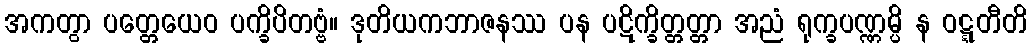
အကတွာ ပတ္တေယေဝ ပက္ခိပိတဗ္ဗံ။ ဒုတိယကဘာဇနဿ ပန ပဋိက္ခိတ္တတ္တာ အညံ ရုက္ခပဏ္ဏမ္ပိ န ဝဋ္ဋတီတိ